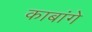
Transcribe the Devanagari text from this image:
काबांगे